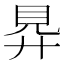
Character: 𧠋